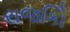
રાજકોિ